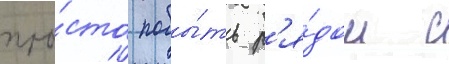
про́сто побы́ть р'я́дом с